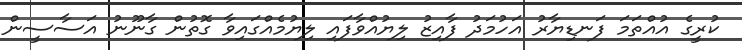
ކުރީގެ އުއްތަމަ ފަނޑިޔާރު އަހުމަދު ފާއިޒު ލިޔުއްވާފައި ލިޔުމެއްގައިވާ ގޮތުން ގާނޫނު އަސާސީން